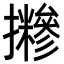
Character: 𢹪